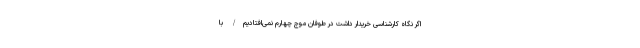
اگر نگاه کارشناسی خریدار داشت در طوفان موج چهارم نمی‌افتادیم/ با